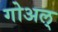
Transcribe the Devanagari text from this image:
गोअल्